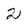
Character: 2